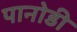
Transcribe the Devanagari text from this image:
पानोडी